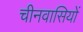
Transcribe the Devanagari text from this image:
चीनवासियों